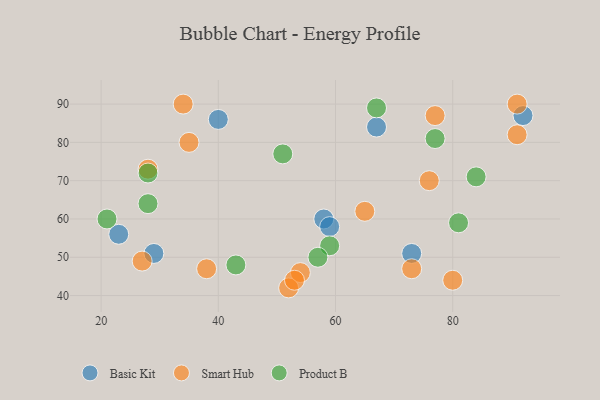
{"axis": {"x": "GDP", "y": "Life Expectancy"}, "legend": ["Basic Kit", "Product B", "Smart Hub"], "data": [{"x": "58", "y": 60, "type": "Basic Kit"}, {"x": "59", "y": 58, "type": "Basic Kit"}, {"x": "29", "y": 51, "type": "Basic Kit"}, {"x": "67", "y": 84, "type": "Basic Kit"}, {"x": "92", "y": 87, "type": "Basic Kit"}, {"x": "73", "y": 51, "type": "Basic Kit"}, {"x": "40", "y": 86, "type": "Basic Kit"}, {"x": "23", "y": 56, "type": "Basic Kit"}, {"x": "77", "y": 87, "type": "Smart Hub"}, {"x": "73", "y": 47, "type": "Smart Hub"}, {"x": "91", "y": 82, "type": "Smart Hub"}, {"x": "54", "y": 46, "type": "Smart Hub"}, {"x": "52", "y": 42, "type": "Smart Hub"}, {"x": "65", "y": 62, "type": "Smart Hub"}, {"x": "27", "y": 49, "type": "Smart Hub"}, {"x": "91", "y": 90, "type": "Smart Hub"}, {"x": "38", "y": 47, "type": "Smart Hub"}, {"x": "28", "y": 73, "type": "Smart Hub"}, {"x": "53", "y": 44, "type": "Smart Hub"}, {"x": "80", "y": 44, "type": "Smart Hub"}, {"x": "34", "y": 90, "type": "Smart Hub"}, {"x": "35", "y": 80, "type": "Smart Hub"}, {"x": "76", "y": 70, "type": "Smart Hub"}, {"x": "28", "y": 72, "type": "Product B"}, {"x": "43", "y": 48, "type": "Product B"}, {"x": "81", "y": 59, "type": "Product B"}, {"x": "77", "y": 81, "type": "Product B"}, {"x": "84", "y": 71, "type": "Product B"}, {"x": "59", "y": 53, "type": "Product B"}, {"x": "51", "y": 77, "type": "Product B"}, {"x": "57", "y": 50, "type": "Product B"}, {"x": "28", "y": 64, "type": "Product B"}, {"x": "67", "y": 89, "type": "Product B"}, {"x": "21", "y": 60, "type": "Product B"}]}